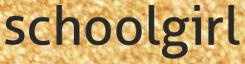
schoolgirl